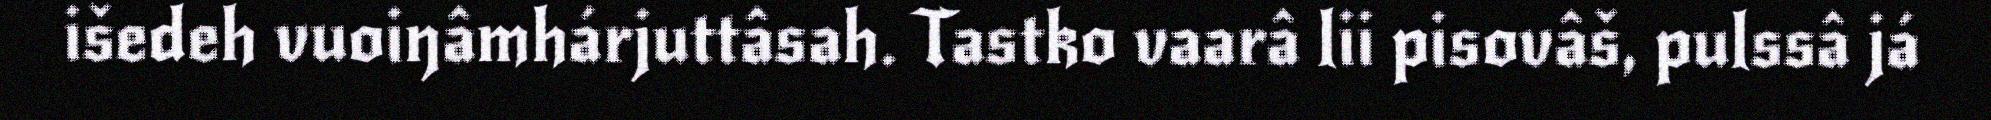
išedeh vuoiŋâmhárjuttâsah. Tastko vaarâ lii pisovâš, pulssâ já